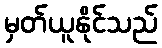
မှတ်ယူနိုင်သည်